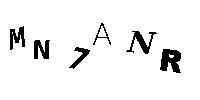
MN7ANR